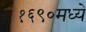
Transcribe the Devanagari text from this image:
१६९०मध्ये